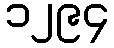
၁၂၉၄